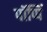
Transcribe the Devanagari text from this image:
पॉप्पिं